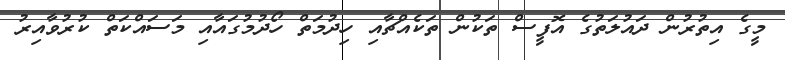
މީގެ އިތުރުން ދައުލަތުގެ އޮފީސް ތަކުން ތަކެއްޗާއި ހިދުމަތް ހޯދުމުގައާއި މަސައްކަތް ކުރުވާއިރު